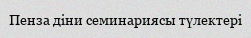
Пенза діни семинариясы түлектері